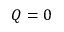
Q = 0